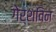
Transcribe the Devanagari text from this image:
गेर्शविन